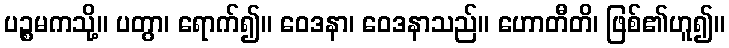
ပဉ္စမကသို့။ ပတွာ၊ ရောက်၍။ ဝေဒနာ၊ ဝေဒနာသည်။ ဟောတီတိ၊ ဖြစ်၏ဟူ၍။